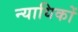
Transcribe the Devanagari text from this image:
न्यायिकों